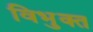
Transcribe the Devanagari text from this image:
विभुक्त